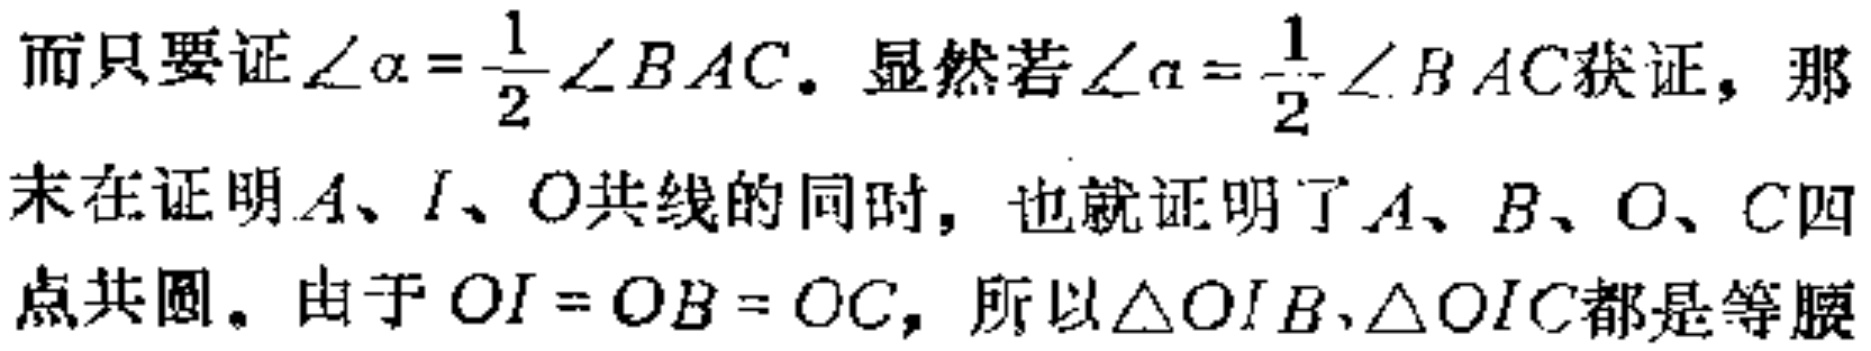
而只要证$\angle\alpha = \frac{1}{2}\angle BAC$. 显然若$\angle\alpha = \frac{1}{2}\angle BAC$获证，那
末在证明$A、I、O$共线的同时，也就证明了$A、B、O、C$四
点共圆。由于$OI = OB = OC$，所以$\triangle OIB,\triangle OIC$都是等腰